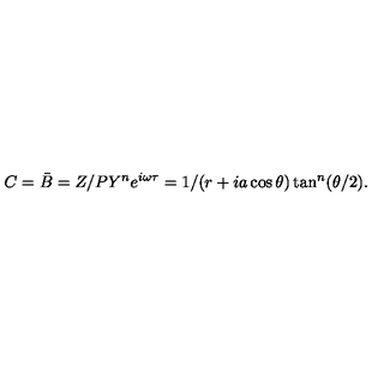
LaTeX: C = \bar { B } = Z / P Y ^ { n } e ^ { i \omega \tau } = 1 / ( r + i a \cos \theta ) \tan ^ { n } ( \theta / 2 ) .